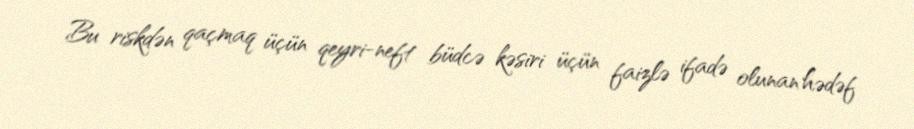
Bu riskdən qaçmaq üçün qeyri-neft büdcə kəsiri üçün faizlə ifadə olunan hədəf